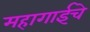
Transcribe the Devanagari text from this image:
महागाईचे